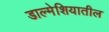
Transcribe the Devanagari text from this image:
डाल्मेशियातील